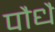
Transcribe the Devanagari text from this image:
पौधै